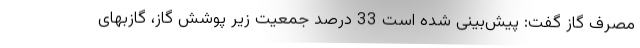
مصرف گاز گفت: پیش‌بینی شده است 33 درصد جمعیت زیر پوشش گاز، گازبهای